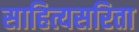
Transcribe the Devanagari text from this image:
साहित्यसरिता